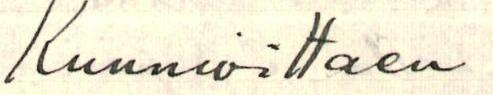
Kunnioittaen